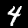
Digit: 4